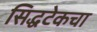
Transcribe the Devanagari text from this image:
सिद्धटेकचा